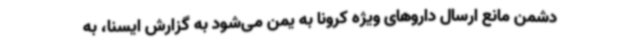
دشمن مانع ارسال داروهای ویژه کرونا به یمن می‌شود به گزارش ایسنا، به